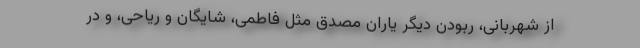
از شهربانی، ربودن دیگر یاران مصدق مثل فاطمی، شایگان و ریاحی، و در